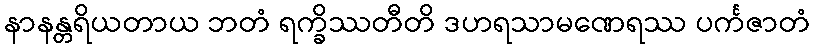
နာနန္တရိယတာယ ဘတံ ရက္ခိဿတီတိ ဒဟရသာမဏေရဿ ပင်္ကဇာတံ